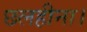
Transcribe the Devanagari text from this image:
छलहीना।